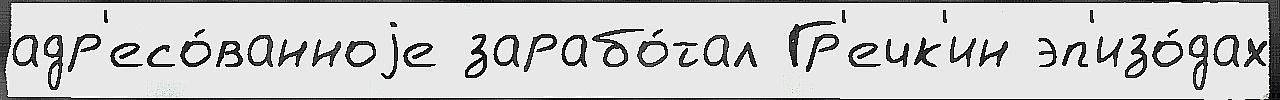
адр'есо́ванноjе зарабо́тал Гр'ечк'ин эп'изо́дах